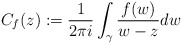
\begin{align*}C_f(z):=\frac{1}{2\pi i}\int_{\gamma}\frac{f(w)}{w-z}dw\end{align*}